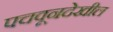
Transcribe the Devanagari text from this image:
पचवूनदेखील